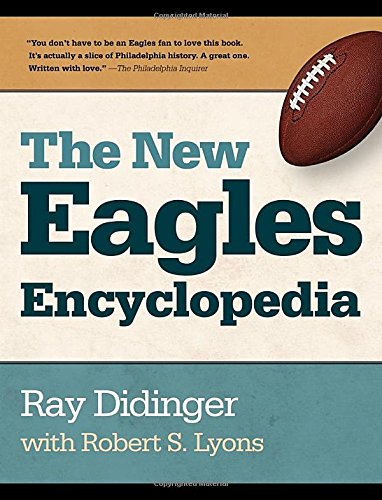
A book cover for The New Eagles Encyclopedia; Ray Didinger; Reference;